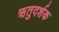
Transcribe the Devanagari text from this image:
ऋतुदर्शक